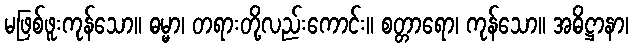
မဖြစ်ဖူးကုန်သော။ ဓမ္မာ၊ တရားတို့လည်းကောင်း။ စတ္တာရော၊ ကုန်သော။ အဓိဋ္ဌာနာ၊